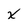
Character: x